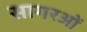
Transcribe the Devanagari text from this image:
सागरओं